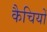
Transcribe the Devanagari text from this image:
कैचियों